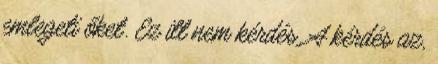
emlegeti őket. Ez itt nem kérdés. A kérdés az,